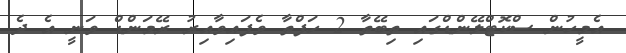
އެމީހުން ސްކޮޓްލޭންޑްގައި ތިބޭތާ 2 ހަފްތާ ވެފައިވާއިރު ރޭމަންޑް ވަނީ އެ ދެ